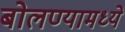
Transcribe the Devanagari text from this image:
बोलण्यामध्ये